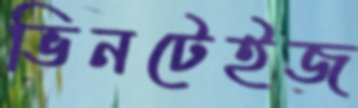
ভিনটেইজ